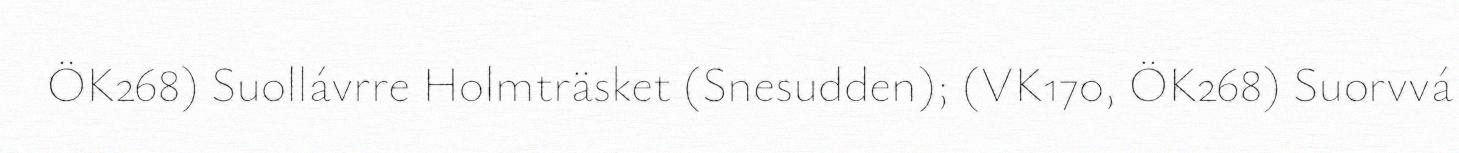
ÖK268) Suollávrre Holmträsket (Snesudden); (VK170, ÖK268) Suorvvá